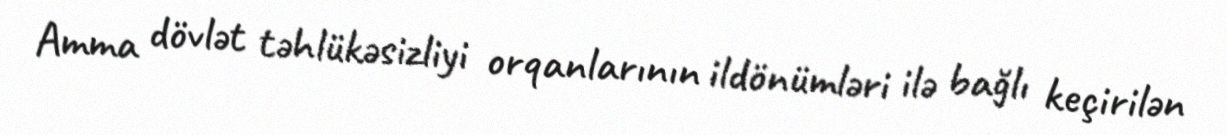
Amma dövlət təhlükəsizliyi orqanlarının ildönümləri ilə bağlı keçirilən